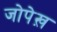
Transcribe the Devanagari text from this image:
जोपेख़